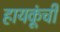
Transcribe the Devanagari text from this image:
हायकूंची